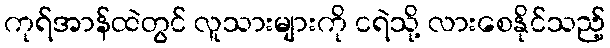
ကုရ်အာန်ထဲတွင် လူသားများကို ငရဲသို့ လားစေနိုင်သည့်